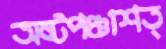
অষ্টপঞ্চাশত্